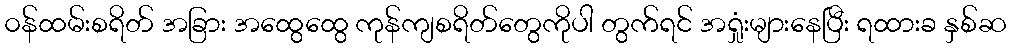
၀န်ထမ်းစရိတ် အခြား အထွေထွေ ကုန်ကျစရိတ်တွေကိုပါ တွက်ရင် အရှုံးများနေပြီး ရထားခ နှစ်ဆ